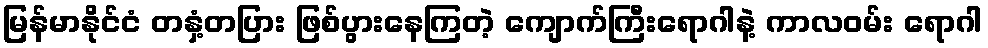
မြန်မာနိုင်ငံ တနှံ့တပြား ဖြစ်ပွားနေကြတဲ့ ကျောက်ကြီးရောဂါနဲ့ ကာလဝမ်း ရောဂါ